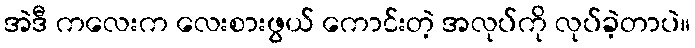
အဲဒီ ကလေးက လေးစားဖွယ် ကောင်းတဲ့ အလုပ်ကို လုပ်ခဲ့တာပဲ။